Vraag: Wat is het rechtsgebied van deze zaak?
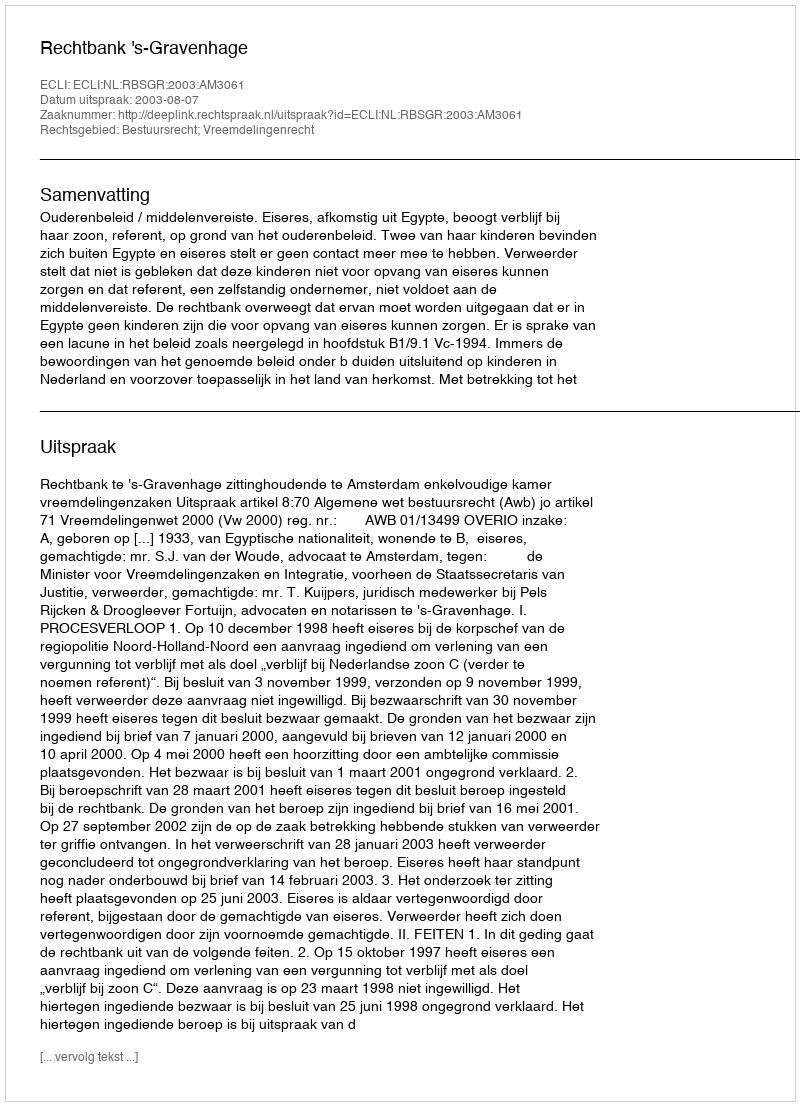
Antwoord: Bestuursrecht; Vreemdelingenrecht